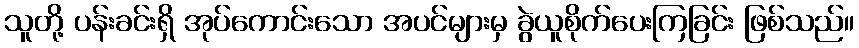
သူတို့ ပန်းခင်းရှိ အုပ်ကောင်းသော အပင်များမှ ခွဲယူစိုက်ပေးကြခြင်း ဖြစ်သည်။